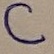
Text: C